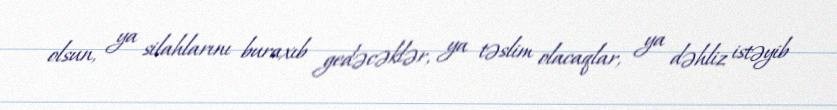
olsun, ya silahlarını buraxıb gedəcəklər, ya təslim olacaqlar, ya dəhliz istəyib